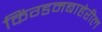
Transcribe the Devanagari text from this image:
किंग्डमबाहेरील